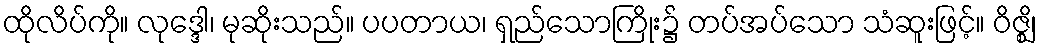
ထိုလိပ်ကို။ လုဒ္ဒေါ၊ မုဆိုးသည်။ ပပတာယ၊ ရှည်သောကြိုး၌ တပ်အပ်သော သံဆူးဖြင့်။ ဝိဇ္ဈိ၊